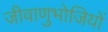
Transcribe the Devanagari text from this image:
जीवाणुभोजियों